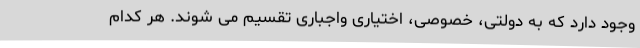
وجود دارد که به دولتی، خصوصی، اختیاری واجباری تقسیم می شوند. هر کدام